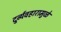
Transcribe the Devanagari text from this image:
दुर्व्यवहारामुळे